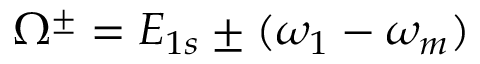
\Omega ^ { \pm } = E _ { 1 s } \pm ( \omega _ { 1 } - \omega _ { m } )